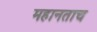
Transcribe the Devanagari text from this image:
महानताच